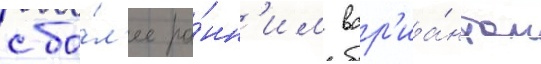
с бо́л'ее ра́нн'им вар'иа́нтом